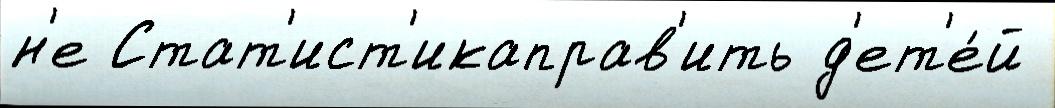
н'е Стат'ист'икаправ'ить д'ет'е́й